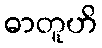
ဓာတူဟိ